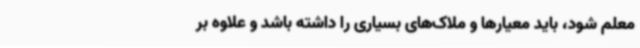
معلم شود، باید معیارها و ملاک‌های بسیاری را داشته باشد و علاوه بر